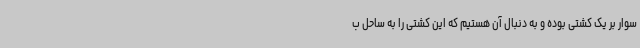
سوار بر یک کشتی بوده و به دنبال آن هستیم که این کشتی را به ساحل ب